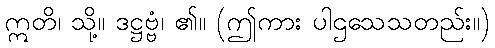
ဣတိ၊ သို့။ ဒဋ္ဌဗ္ဗံ၊ ၏။ (ဤကား ပါဌသေသတည်း။)